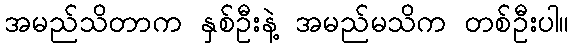
အမည်သိတာက နှစ်ဦးနဲ့ အမည်မသိက တစ်ဦးပါ။